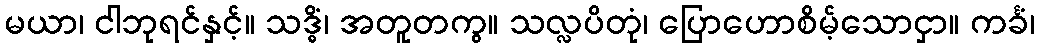
မယာ၊ ငါဘုရင်နှင့်။ သဒ္ဓိံ၊ အတူတကွ။ သလ္လပိတုံ၊ ပြောဟောစိမ့်သောငှာ။ ကင်္ခံ၊